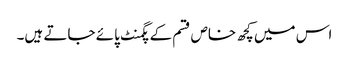
اس میں کچھ خاص قسم کے پگمنٹ پائے جاتے ہیں۔